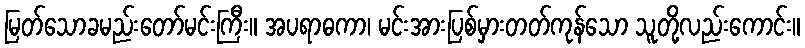
မြတ်သောခမည်းတော်မင်းကြီး။ အပရာဓကာ၊ မင်းအားပြစ်မှားတတ်ကုန်သော သူတို့လည်းကောင်း။